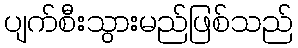
ပျက်စီးသွားမည်ဖြစ်သည်